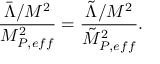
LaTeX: \frac { \bar { \Lambda } / M ^ { 2 } } { M _ { P , e f f } ^ { 2 } } = \frac { \tilde { \Lambda } / M ^ { 2 } } { \tilde { M } _ { P , e f f } ^ { 2 } } .